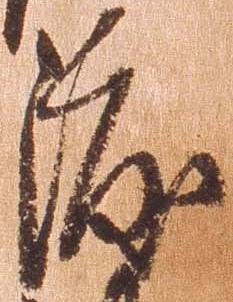
渡